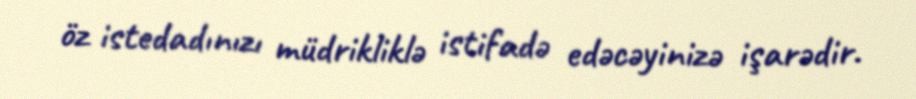
öz istedadınızı müdrikliklə istifadə edəcəyinizə işarədir.